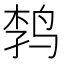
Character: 𲍷